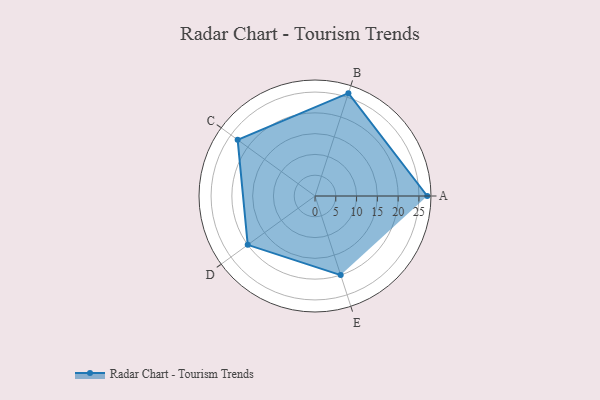
{"axis": {"x": "Skill", "y": "Score"}, "legend": ["Profile"], "data": [{"x": "A", "y": 27.0, "type": "Profile"}, {"x": "B", "y": 26.0, "type": "Profile"}, {"x": "C", "y": 23.0, "type": "Profile"}, {"x": "D", "y": 20, "type": "Profile"}, {"x": "E", "y": 20, "type": "Profile"}]}